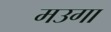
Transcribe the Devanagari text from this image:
मउगा